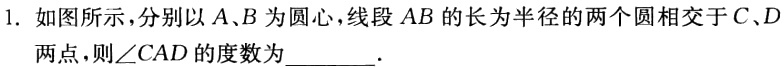
1. 如图所示，分别以\(A\)、\(B\)为圆心，线段\(AB\)的长为半径的两个圆相交于\(C\)、\(D\)两点，则\(\angle CAD\)的度数为________.